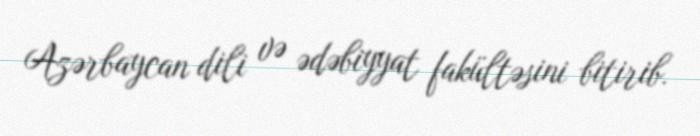
Azərbaycan dili və ədəbiyyat fakültəsini bitirib.